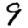
Digit: 9